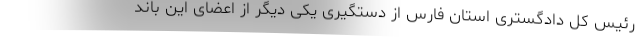
رئیس کل دادگستری استان فارس از دستگیری یکی دیگر از اعضای این باند